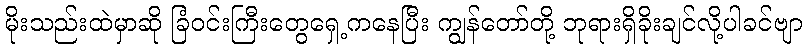
မိုးသည်းထဲမှာဆို ခြံဝင်းကြီးတွေရှေ့ကနေပြီး ကျွန်တော်တို့ ဘုရားရှိခိုးချင်လို့ပါခင်ဗျာ